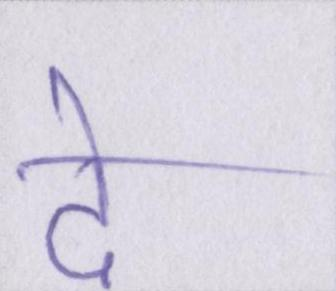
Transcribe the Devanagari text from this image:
दे